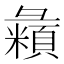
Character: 𪫇